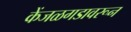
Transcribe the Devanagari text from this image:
केंजळगडावरून